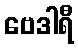
ဗေဒါရီ